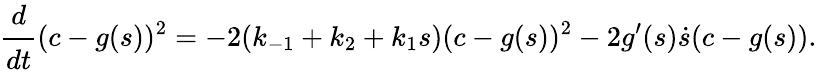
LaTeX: \cfrac{d}{dt}(c-g(s))^{2}=-2(k_{-1}+k_{2}+k_{1}s)(c-g(s))^{2}-2g^{\prime}(s)\dot{s}(c-g(s)).